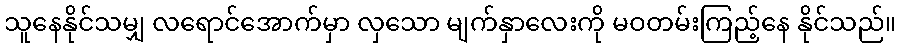
သူနေနိုင်သမျှ လရောင်အောက်မှာ လှသော မျက်နှာလေးကို မဝတမ်းကြည့်နေ နိုင်သည်။